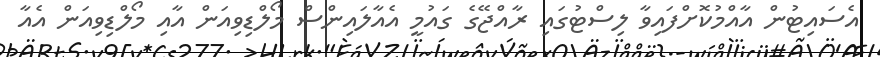
އެސައިޓުން އާއްމުކޮށްފައިވާ ލިސްޓުގައި ރާއްޖޭގެ ގައުމީ އެއާލައިންސް މޯލްޑިވިއަން އާއި މޯލްޑިވިއަން އެއާ